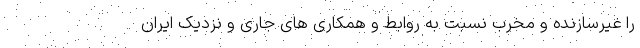
را غیرسازنده و مخرب نسبت به روابط و همکاری های جاری و نزدیک ایران